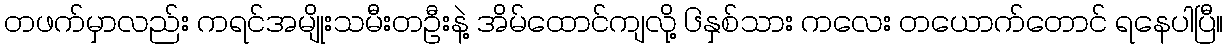
တဖက်မှာလည်း ကရင်အမျိုးသမီးတဦးနဲ့ အိမ်ထောင်ကျလို့ ၆နှစ်သား ကလေး တယောက်တောင် ရနေပါပြီ။